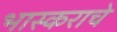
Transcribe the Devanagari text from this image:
भास्कराचे